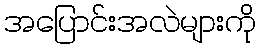
အပြောင်းအလဲများကို